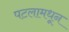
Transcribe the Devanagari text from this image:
पटलामधून